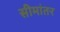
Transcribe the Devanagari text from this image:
सीमांतर